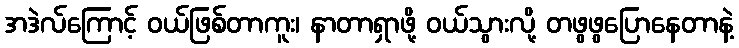
အဒဲလ်ကြောင့် ဝယ်ဖြစ်တာကူး၊ နာတာရှာဖို့ ဝယ်သွားလို့ တဖွဖွပြောနေတာနဲ့